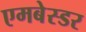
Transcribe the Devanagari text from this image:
एमबेस्डर